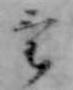
け